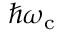
\hbar \omega _ { \mathrm { { c } } }